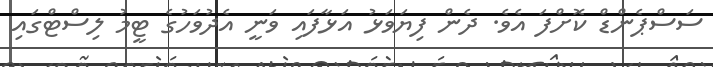
ސަސްޕެންޑް ކޮށްފަ އެވެ. ދެން ފިޔަވަޅު އަޅާފައި ވަނީ އެދުވަހުގެ ޓީމު ލިސްޓްގައި